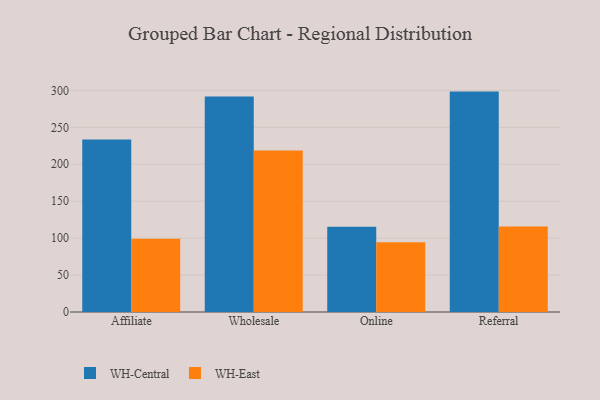
{"axis": {"x": "Channel", "y": "Demand Index"}, "legend": ["WH-Central", "WH-East"], "data": [{"x": "Affiliate", "y": 233.7, "type": "WH-Central"}, {"x": "Affiliate", "y": 99.1, "type": "WH-East"}, {"x": "Wholesale", "y": 291.7, "type": "WH-Central"}, {"x": "Wholesale", "y": 218.8, "type": "WH-East"}, {"x": "Online", "y": 115.3, "type": "WH-Central"}, {"x": "Online", "y": 94.5, "type": "WH-East"}, {"x": "Referral", "y": 298.4, "type": "WH-Central"}, {"x": "Referral", "y": 115.8, "type": "WH-East"}]}